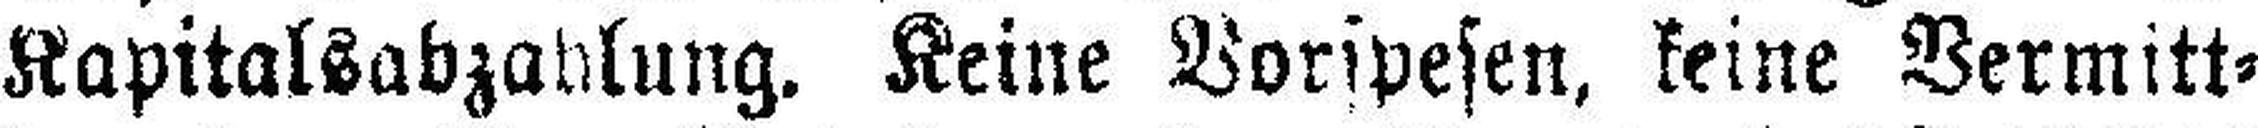
Kapitalsabzahlung. Keine Vorspesen, keine Vermitt¬